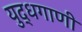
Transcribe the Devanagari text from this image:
युद्धगाणी